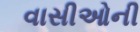
વાસીઓની